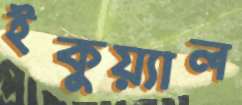
ইকুয়্যাল